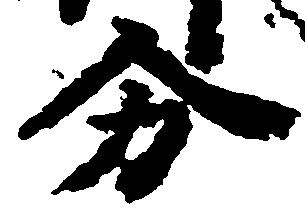
分